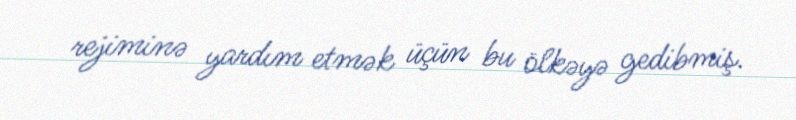
rejiminə yardım etmək üçün bu ölkəyə gedibmiş.